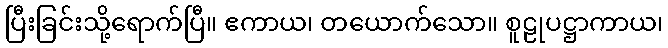
ပြီးခြင်းသို့ရောက်ပြီ။ ဧကာယ၊ တယောက်သော။ စူဠုပဋ္ဌာကာယ၊